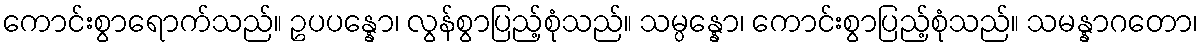
ကောင်းစွာရောက်သည်။ ဥပပန္နော၊ လွန်စွာပြည့်စုံသည်။ သမ္ပန္နော၊ ကောင်းစွာပြည့်စုံသည်။ သမန္နာဂတော၊